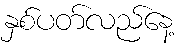
နှစ်ပတ်လည်နေ့